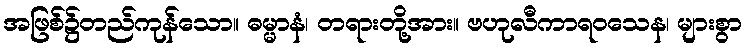
အဖြစ်၌တည်ကုန်သော။ ဓမ္မာနံ၊ တရားတို့အား။ ဗဟုလီကာရဝသေန၊ များစွာ